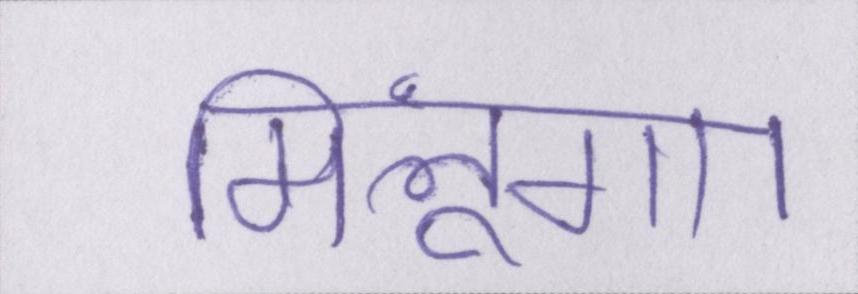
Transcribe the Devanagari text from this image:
मिलूंगा।